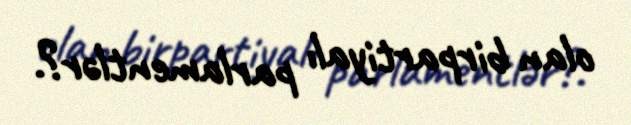
olan birpartiyalı parlamentlər?.